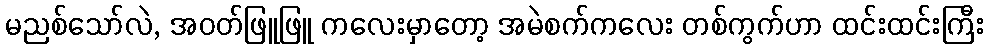
မညစ်သော်လဲ, အဝတ်ဖြူဖြူ ကလေးမှာတော့ အမဲစက်ကလေး တစ်ကွက်ဟာ ထင်းထင်းကြီး